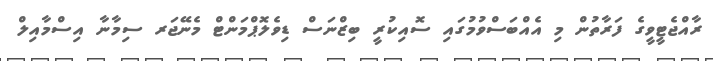
ރާއްޖެޓީވީގެ ފަރާތުން މި އެއްބަސްވުމުގައި ސޮއިކުރީ ބިޒްނަސް ޑިވެލޮޕްމަންޓް މެނޭޖަރ ސިމާނާ އިސްމާއިލް